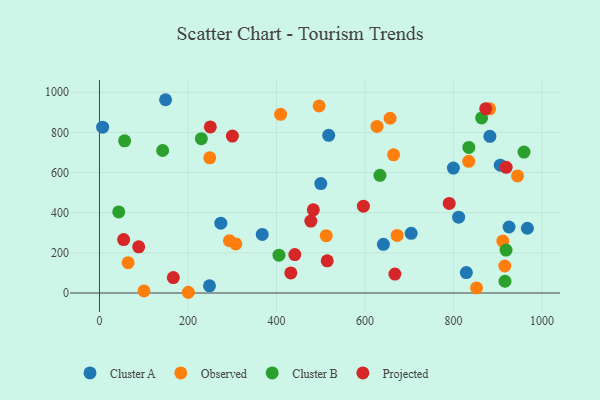
{"axis": {"x": "Experience", "y": "Yield"}, "legend": ["Cluster A", "Cluster B", "Observed", "Projected"], "data": [{"x": "966.7", "y": 322.5, "type": "Cluster A"}, {"x": "905.5", "y": 637.0, "type": "Cluster A"}, {"x": "248.5", "y": 35.6, "type": "Cluster A"}, {"x": "500.0", "y": 545.3, "type": "Cluster A"}, {"x": "704.2", "y": 297.3, "type": "Cluster A"}, {"x": "517.8", "y": 785.5, "type": "Cluster A"}, {"x": "799.5", "y": 622.2, "type": "Cluster A"}, {"x": "828.8", "y": 101.5, "type": "Cluster A"}, {"x": "811.4", "y": 378.0, "type": "Cluster A"}, {"x": "641.4", "y": 242.3, "type": "Cluster A"}, {"x": "367.7", "y": 291.8, "type": "Cluster A"}, {"x": "274.1", "y": 347.9, "type": "Cluster A"}, {"x": "882.0", "y": 780.6, "type": "Cluster A"}, {"x": "925.3", "y": 328.9, "type": "Cluster A"}, {"x": "149.3", "y": 962.9, "type": "Cluster A"}, {"x": "7.1", "y": 826.2, "type": "Cluster A"}, {"x": "664.4", "y": 688.6, "type": "Observed"}, {"x": "64.7", "y": 151.1, "type": "Observed"}, {"x": "672.5", "y": 287.0, "type": "Observed"}, {"x": "409.2", "y": 890.4, "type": "Observed"}, {"x": "915.7", "y": 134.4, "type": "Observed"}, {"x": "851.9", "y": 25.3, "type": "Observed"}, {"x": "627.0", "y": 829.8, "type": "Observed"}, {"x": "308.0", "y": 244.3, "type": "Observed"}, {"x": "944.5", "y": 583.1, "type": "Observed"}, {"x": "100.6", "y": 10.4, "type": "Observed"}, {"x": "512.2", "y": 285.6, "type": "Observed"}, {"x": "881.4", "y": 917.5, "type": "Observed"}, {"x": "200.7", "y": 3.6, "type": "Observed"}, {"x": "496.2", "y": 932.0, "type": "Observed"}, {"x": "834.1", "y": 655.8, "type": "Observed"}, {"x": "249.1", "y": 673.3, "type": "Observed"}, {"x": "911.2", "y": 258.7, "type": "Observed"}, {"x": "293.6", "y": 260.6, "type": "Observed"}, {"x": "656.6", "y": 870.6, "type": "Observed"}, {"x": "959.1", "y": 702.3, "type": "Cluster B"}, {"x": "633.6", "y": 586.5, "type": "Cluster B"}, {"x": "834.5", "y": 725.5, "type": "Cluster B"}, {"x": "918.5", "y": 214.0, "type": "Cluster B"}, {"x": "142.7", "y": 710.0, "type": "Cluster B"}, {"x": "405.5", "y": 188.6, "type": "Cluster B"}, {"x": "43.5", "y": 403.9, "type": "Cluster B"}, {"x": "56.8", "y": 758.2, "type": "Cluster B"}, {"x": "863.3", "y": 872.0, "type": "Cluster B"}, {"x": "230.1", "y": 768.8, "type": "Cluster B"}, {"x": "916.1", "y": 58.5, "type": "Cluster B"}, {"x": "88.6", "y": 230.1, "type": "Projected"}, {"x": "300.3", "y": 781.6, "type": "Projected"}, {"x": "441.3", "y": 191.2, "type": "Projected"}, {"x": "250.4", "y": 827.2, "type": "Projected"}, {"x": "596.3", "y": 432.7, "type": "Projected"}, {"x": "667.4", "y": 94.2, "type": "Projected"}, {"x": "872.6", "y": 918.1, "type": "Projected"}, {"x": "477.5", "y": 358.1, "type": "Projected"}, {"x": "790.1", "y": 446.1, "type": "Projected"}, {"x": "432.3", "y": 100.2, "type": "Projected"}, {"x": "483.1", "y": 414.3, "type": "Projected"}, {"x": "514.5", "y": 160.5, "type": "Projected"}, {"x": "918.8", "y": 626.3, "type": "Projected"}, {"x": "54.6", "y": 266.3, "type": "Projected"}, {"x": "166.8", "y": 76.6, "type": "Projected"}]}